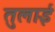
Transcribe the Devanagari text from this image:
तुलाई